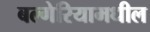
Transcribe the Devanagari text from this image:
बल्गेरियामधील